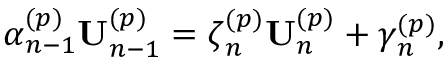
\boldsymbol \alpha _ { n - 1 } ^ { ( p ) } \mathbf { U } _ { n - 1 } ^ { ( p ) } = \boldsymbol \zeta _ { n } ^ { ( p ) } \mathbf { U } _ { n } ^ { ( p ) } + \boldsymbol \gamma _ { n } ^ { ( p ) } ,